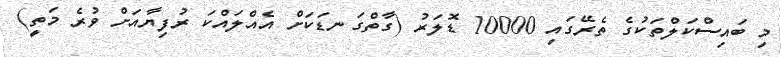
މި ބައިސްކަލްތަކުގެ ތެރޭގައި 10000 ޑޮލަރު (ގާތްގަނޑަކަށް އެއްލައްކަ ރުފިޔާއަށް ވުރެ މަތީ)